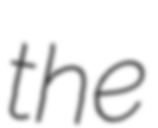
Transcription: the